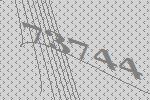
73744